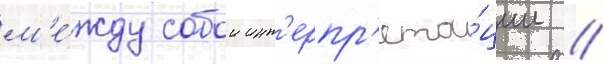
м'е́жду собои инт'ерпр'ета́ции /